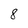
Character: 8